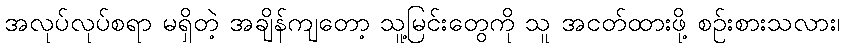
အလုပ်လုပ်စရာ မရှိတဲ့ အချိန်ကျတော့ သူ့မြင်းတွေကို သူ အငတ်ထားဖို့ စဉ်းစားသလား၊